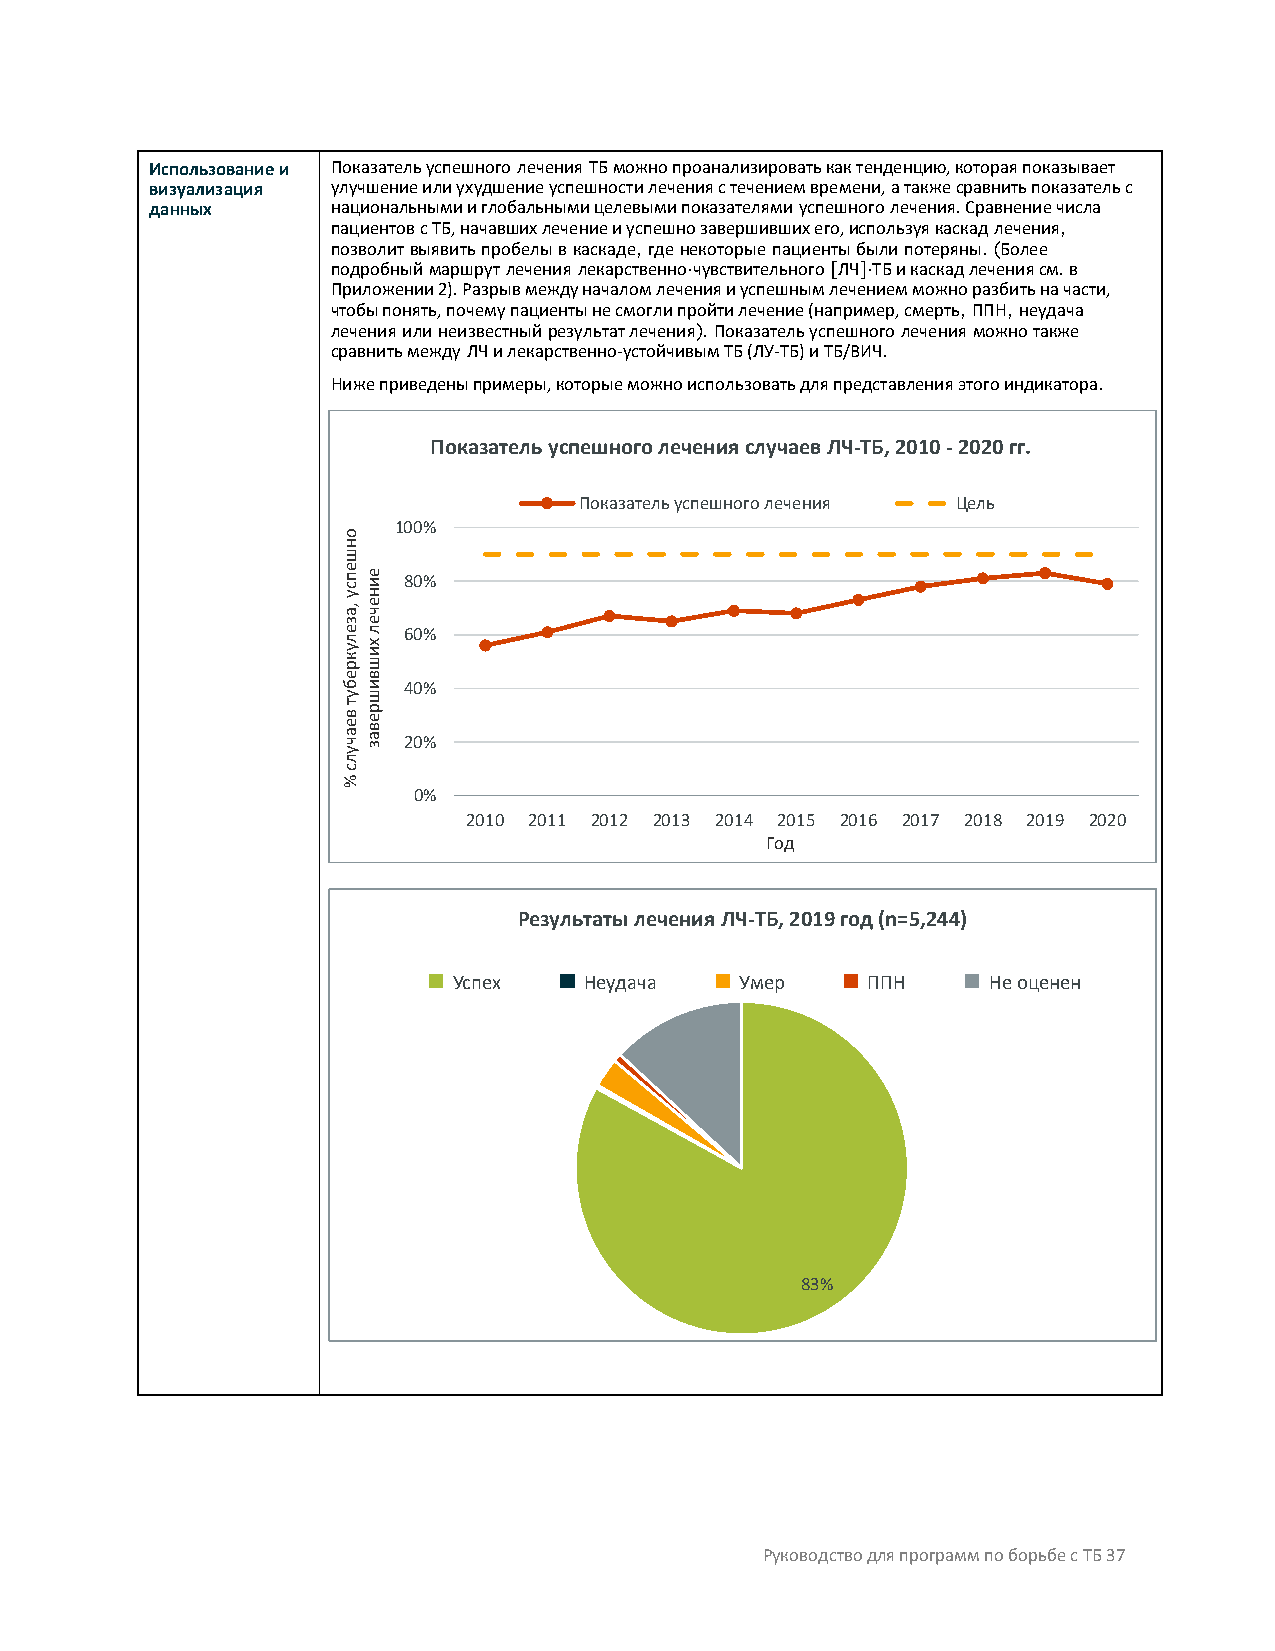
Использование и Показатель успешного лечения ТБ можно проанализировать как тенденцию, которая показывает
 визуализация улучшение или ухудшение успешности лечения с течением времени, а также сравнить показатель с
 данных      национальными и глобальными целевыми показателями успешного лечения. Сравнение числа
 пациентов с ТБ, начавших лечение и успешно завершивших его, используя каскад лечения,
 позволит выявить пробелы в каскаде, где некоторые пациенты были потеряны. (Более
 подробный маршрут лечения лекарственно-чувствительного [ЛЧ]-ТБ и каскад лечения см. в
 Приложении 2). Разрыв между началом лечения и успешным лечением можно разбить на части,
 чтобы понять, почему пациенты не смогли пройти лечение (например, смерть, ППН, неудача
 лечения или неизвестный результат лечения). Показатель успешного лечения можно также
 сравнить между ЛЧ и лекарственно-устойчивым ТБ (ЛУ-ТБ) и ТБ/ВИЧ.
 Ниже приведены примеры, которые можно использовать для представления этого индикатора.
 Показательуспешноголечения случаев ЛЧ-ТБ, 2010 -2020 гг.
 Показатель успешного лечения Цель
 100%
 80%
 60%
 40%
 20%
 0%
 2010 2011 2012 2013 2014 2015 2016 2017 2018 2019 2020
 Год
 Результаты лечения ЛЧ-ТБ, 2019 год (n=5,244)
 Успех    Неудача   Умер    ППН     Не оценен
 83%
 Руководство для программ по борьбе с ТБ 37
 оншепсу
 ,азелукребут
 веачулс
 %
 еинечел
 хишвишреваз